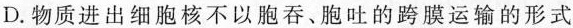
D.物质进出细胞核不以胞吞、胞吐的跨膜运输的形式